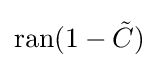
\operatorname {ran} (1-{\tilde {C}})